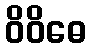
ဝိဝိဓေ